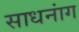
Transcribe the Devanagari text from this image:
साधनांग